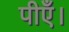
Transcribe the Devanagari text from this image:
पीएँ।